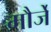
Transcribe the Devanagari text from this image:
मौर्जें